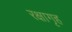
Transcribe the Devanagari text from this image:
रक्षागृह